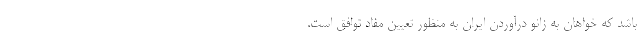
باشد که خواهان به زانو درآوردن ایران به منظور تعیین مفاد توافق است.